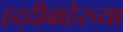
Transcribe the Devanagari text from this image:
हद्दीबाहेरच्या